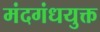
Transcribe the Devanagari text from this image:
मंदगंधयुक्त